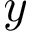
y